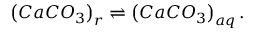
\left( C a C O _ { 3 } \right) _ { r } \rightleftharpoons \left( C a C O _ { 3 } \right) _ { a q } .